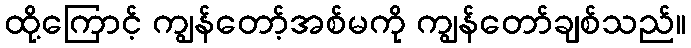
ထို့ကြောင့် ကျွန်တော့်အစ်မကို ကျွန်တော်ချစ်သည်။